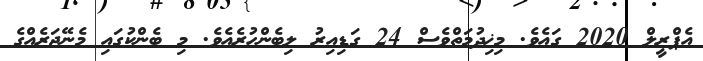
އެޕްރީލް 2020 ގައެވެ. މިޚިދުމަތްވެސް 24 ގަޑިއިރު ލިބެންހުރެއެވެ. މި ބެންކުގައި މެނޭޖަރެއްގެ